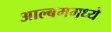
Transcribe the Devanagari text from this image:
आल्बममध्ये